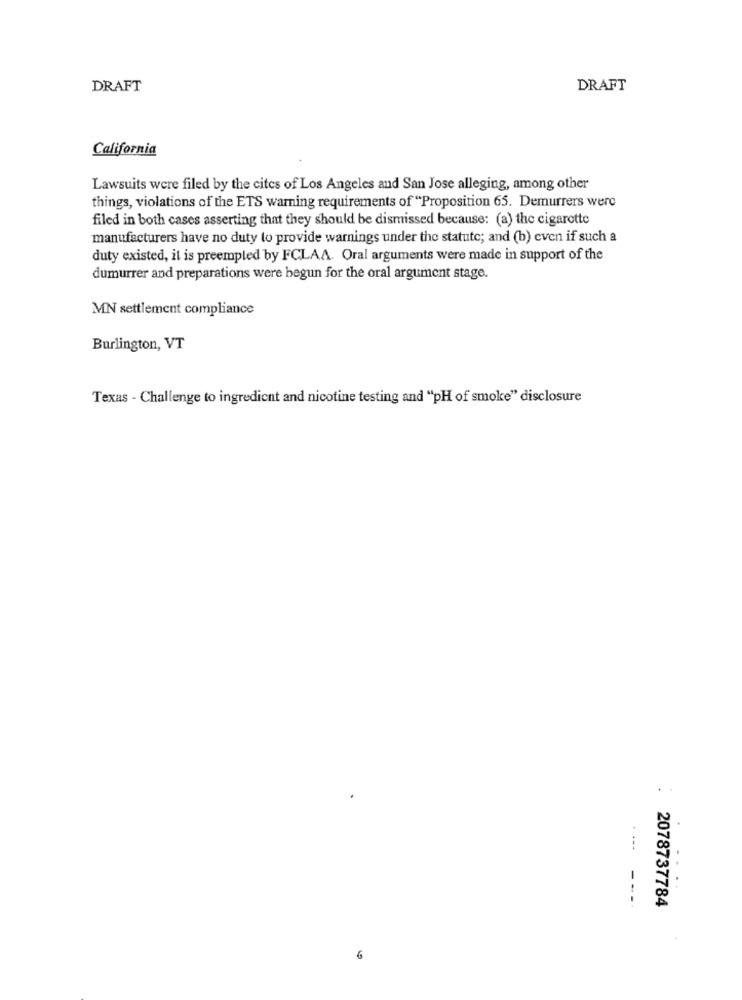
DRAFT
DRAFT
California
Lawsuits were filed by the cites of Los Angeles and San Jose alleging, among other
things, violations of the ETS warning requirements of "Proposition 65. Demurrers were
filed in both cases asserting that they should be dismissed because: (a) the cigarette
manufacturers have no duty to provide warnings under the statute; and (b) even if such a
duty existed, it is preempled by FCLAA. Oral arguments were made in support of the
dumurrer and preparations were begun for the oral argument stage.
MN settlement compliance
Burlington, VT
Texas - Challenge to ingredient and nicotine testing and "pH of smoke" disclosure
.
2078737784